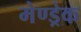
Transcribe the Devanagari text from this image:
मेण्ड्रेक